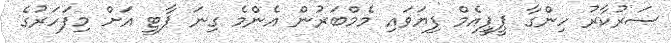
ސަރުކާރު ހިންގާ ޕީޕީއެމް ފިޔަވައި މެމްބަރުން އެންމެ ގިނަ ޕާޓީ އަށް މިފަހަރުގެ